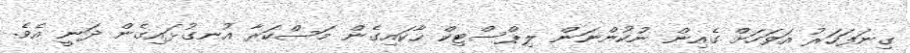
ގިނަފަހަރު އަވަހަށް ގެއިން ނުކުންނަން ލިޕްސްޓިކް ހާކައިގެން މަސްކަރާ އުނގުޅައިގެން ދަނީ އެވެ.